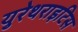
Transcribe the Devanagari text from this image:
युरेथराइटिस